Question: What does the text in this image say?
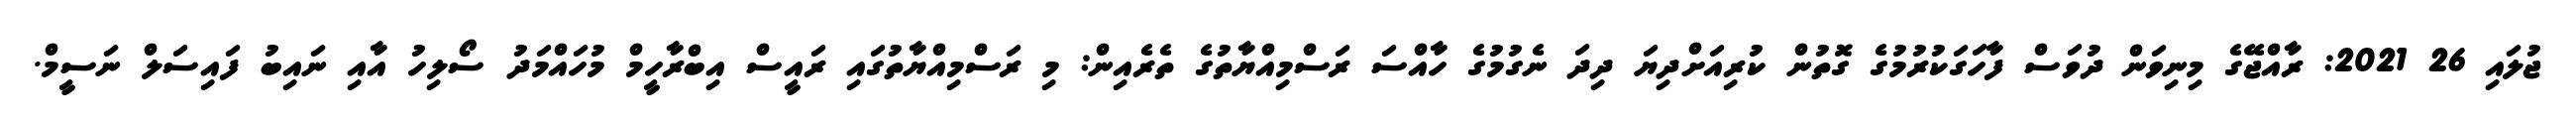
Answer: ޖުލައި 26 2021: ރާއްޖޭގެ މިނިވަން ދުވަސް ފާހަގަކުރުމުގެ ގޮތުން ކުރިއަށްދިޔަ ދިދަ ނެގުމުގެ ހާއްސަ ރަސްމިއްޔާތުގެ ތެރެއިން: މި ރަސްމިއްޔާތުގައި ރައީސް އިބްރާހީމް މުހައްމަދު ސޯލިހު އާއި ނައިބު ފައިސަލް ނަސީމް.